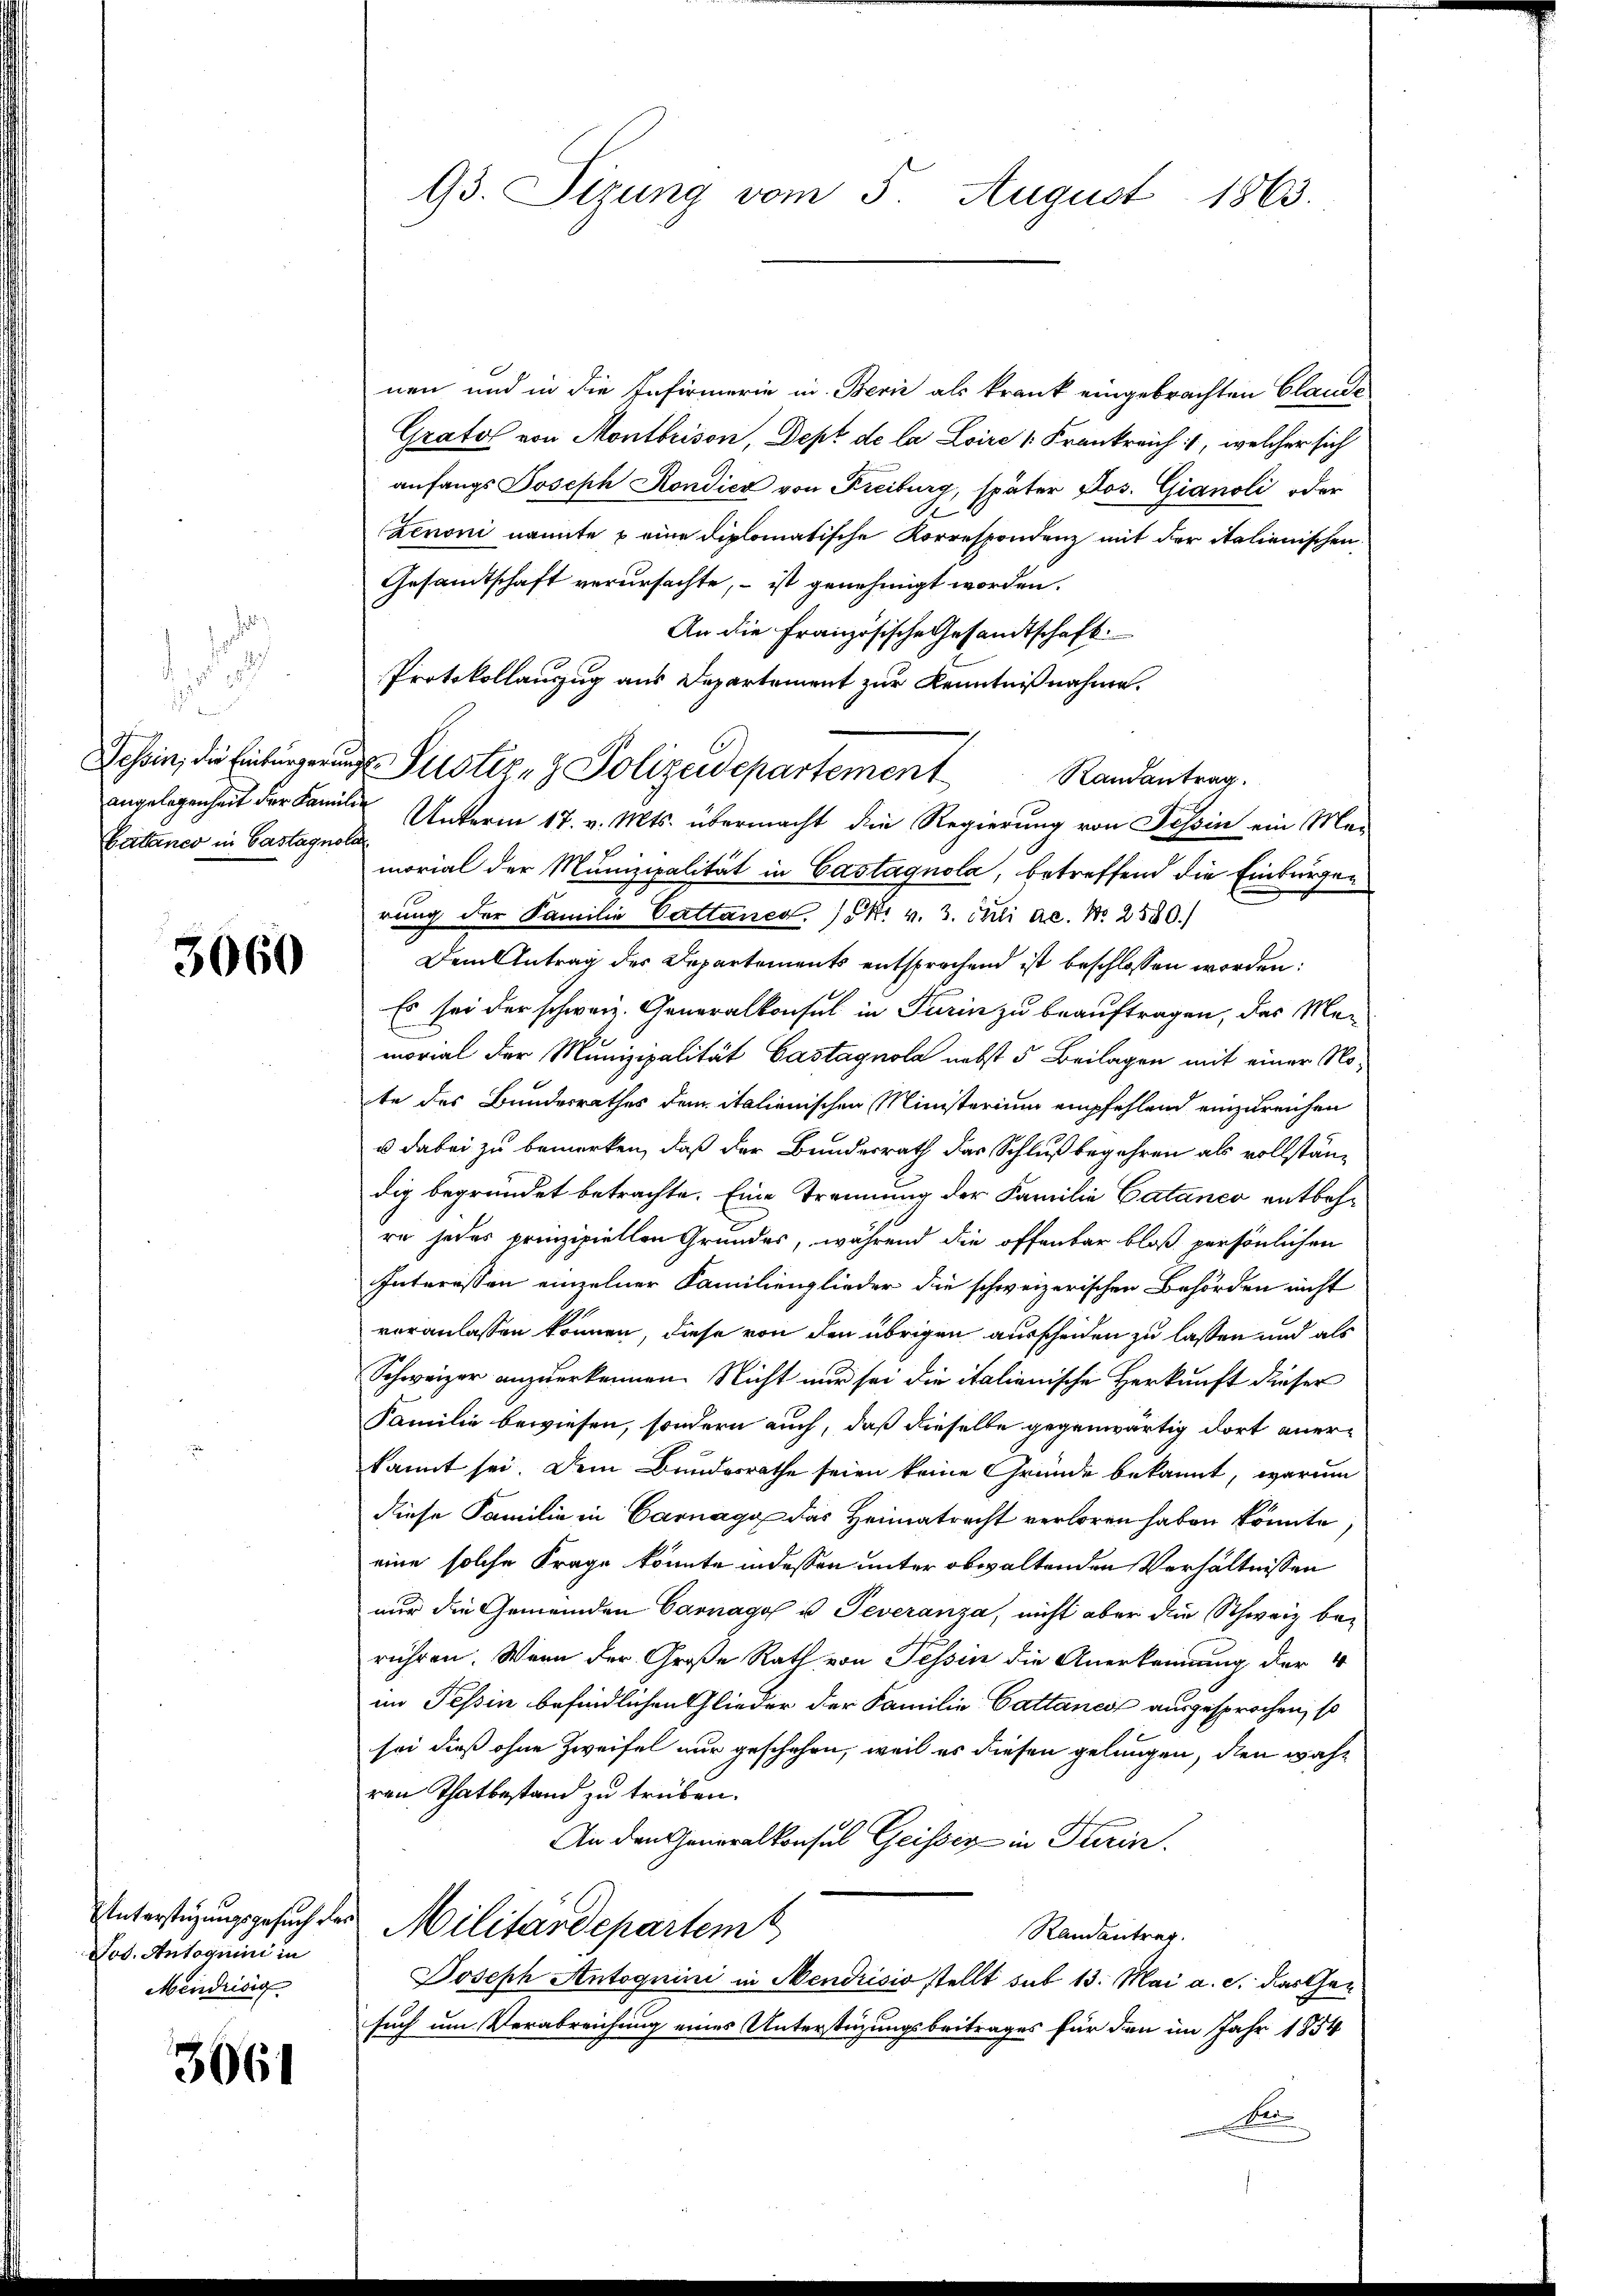
J

die
Ber
Battanco in Castagnola

3060

Unterstüzungsgesuch der
Nos. Antoquii in
Mendrisig

3061

93. Sizung vom 5. August 1863.

nen und in die Infirmerie in Berie als krank eingebrachten Claude
Gratel von Montbrison, Dept de la Loire Frankreich, welcher sich
anfangs Joseph Rondica von Freiburg, später Jos. Gianoli oder
Zeroni nannte & eine diplomatische Korrespondenz mit der italienischen
Gesamtschaft verursachte, – ist genehmigt worden.
An die Französische Gesandtschaft.
Protokollanzug aus Departement zur Kenntnißnahme.
Tessin, die Einbürgerungen Pustiz- & Polizeidepartement
Randantrag.
angelegenheit der Familie Unterm 17. v. Mts. übermacht die Regierung von Tessin ein Mar
morial der Munizipalität in Castagnola, betreffend die Einbürgen
rung der Familie Cattaner. K. v. 3. Okti ac. Nr. 2550.)
Dem Antrag des Departements entsprochend ist beschlossen worden:
Es sei der schweiz. Generalkonsul in Turin zu beauftragen, das Memorial der Munizipalität Castagnola nebst 5 Beilagen mit einer Note des Bundesrathes dem italienischen Ministerium empfehlend einzureichen
u dabei zu bemerken, daß der Bundesrath das Schluß begehren als vollständig begründet betrachte. Eine Trennung der Familie Catanco entbehre jedes prinzipiellen Grundes, während die offenbar bloß persönlichen
Interessen einzelner Familienglieder die schweizerischen Behörden nicht
veranlassen können, diese von den übrigen ausscheiden zu lassen und als
Schweizer anzuerkennen. Nicht nur sei die italienische Herkunft dieser
Familie bewiesen, sondern auch, daß dieselbe gegenwärtig dort aner-
kannt sei. Dem Bundesrathe seien keine Gründe bekannt, warum
diese Familie in Carnage das Heimatrecht verloren haben könnte
eine solche Frage könnte indessen unter obwaltenden Verhältnissen
nur die Gemeinden Carnago u. Teveranza, nicht aber die Schweiz berühren. Wenn der Große Rath von Tessin die Anerkennung der 4
im Tessin befindlichen Glieder der Familie Cattances ausgesprochen, so
sei dieß ohne Zweifel nur geschehen, weil es diesen gelungen, den wahr
ren Thatbestand zu trüben.
An den Generalkonsul Geissen in Stein.
Militärdepartem
Randantrag.
Joseph Antognini in Mendrisis stellt sub 13. Mai a. c. das Gen
such um Verabreichung eines Unterstützungsbeitrages für den im Jahr 1854
le